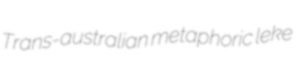
Trans-australian metaphoric leke